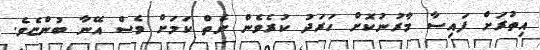
އިތުރަށް ފައިސާ މާރުނުކޮށް ހަރަދު ކުރެވެން ނެތް ކަމަށް ވެސް އޭނާ ބުންޏެވެ.